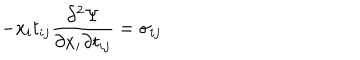
- x _ { i } t _ { i j } \frac { \partial ^ { 2 } \Psi } { \partial x _ { i } \partial t _ { i j } } = \sigma _ { i j }